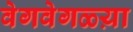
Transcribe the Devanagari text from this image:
वेगवेगळ्य़ा